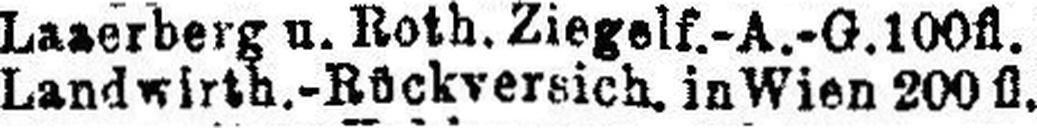
Landwirth.-Rückversich. in Wien 200 fl.